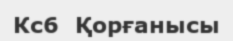
Кc6  Қорғанысы